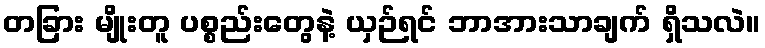
တခြား မျိုးတူ ပစ္စည်းတွေနဲ့ ယှဉ်ရင် ဘာအားသာချက် ရှိသလဲ။